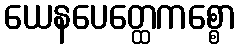
ယေနပေတ္ထေကစ္စော